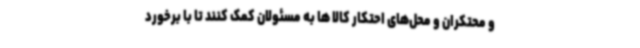
و محتکران و محل‌های احتکار کالا ها به مسئولان کمک کنند تا با برخورد